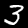
Digit: 3